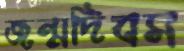
জন্মদিবস